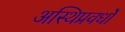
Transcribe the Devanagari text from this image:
अस्थिप्रवर्धों